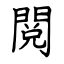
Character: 閲